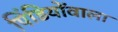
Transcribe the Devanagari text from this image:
पिंडियोंवाला